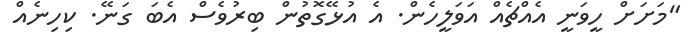
"މަށަށް ހީވަނީ އެއްޗެއް އަވަލީހެން. އެ އުޅޭގޮތުން ބިރުވެސް އެބަ ގަނޭ. ކިހިނެއް